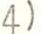
4)